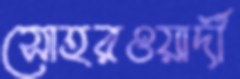
সোহরওয়ার্দী